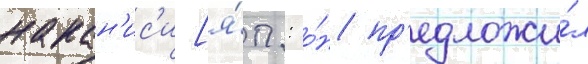
накан'ис'и [я́п.: о́н пр'едложи́л